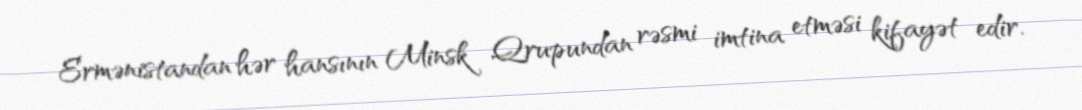
Ermənistandan hər hansının Minsk Qrupundan rəsmi imtina etməsi kifayət edir.